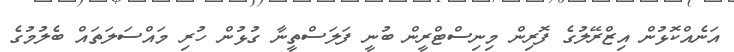
އަނެއްކޮޅުން އިޒްރޭލުގެ ފޮރިން މިނިސްޓްރީން ބުނީ ފަލަސްތީނާ ގުޅުން ހުރި މައްސަލަތައް ބެލުމުގެ